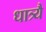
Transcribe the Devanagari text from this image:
धात्र्यै